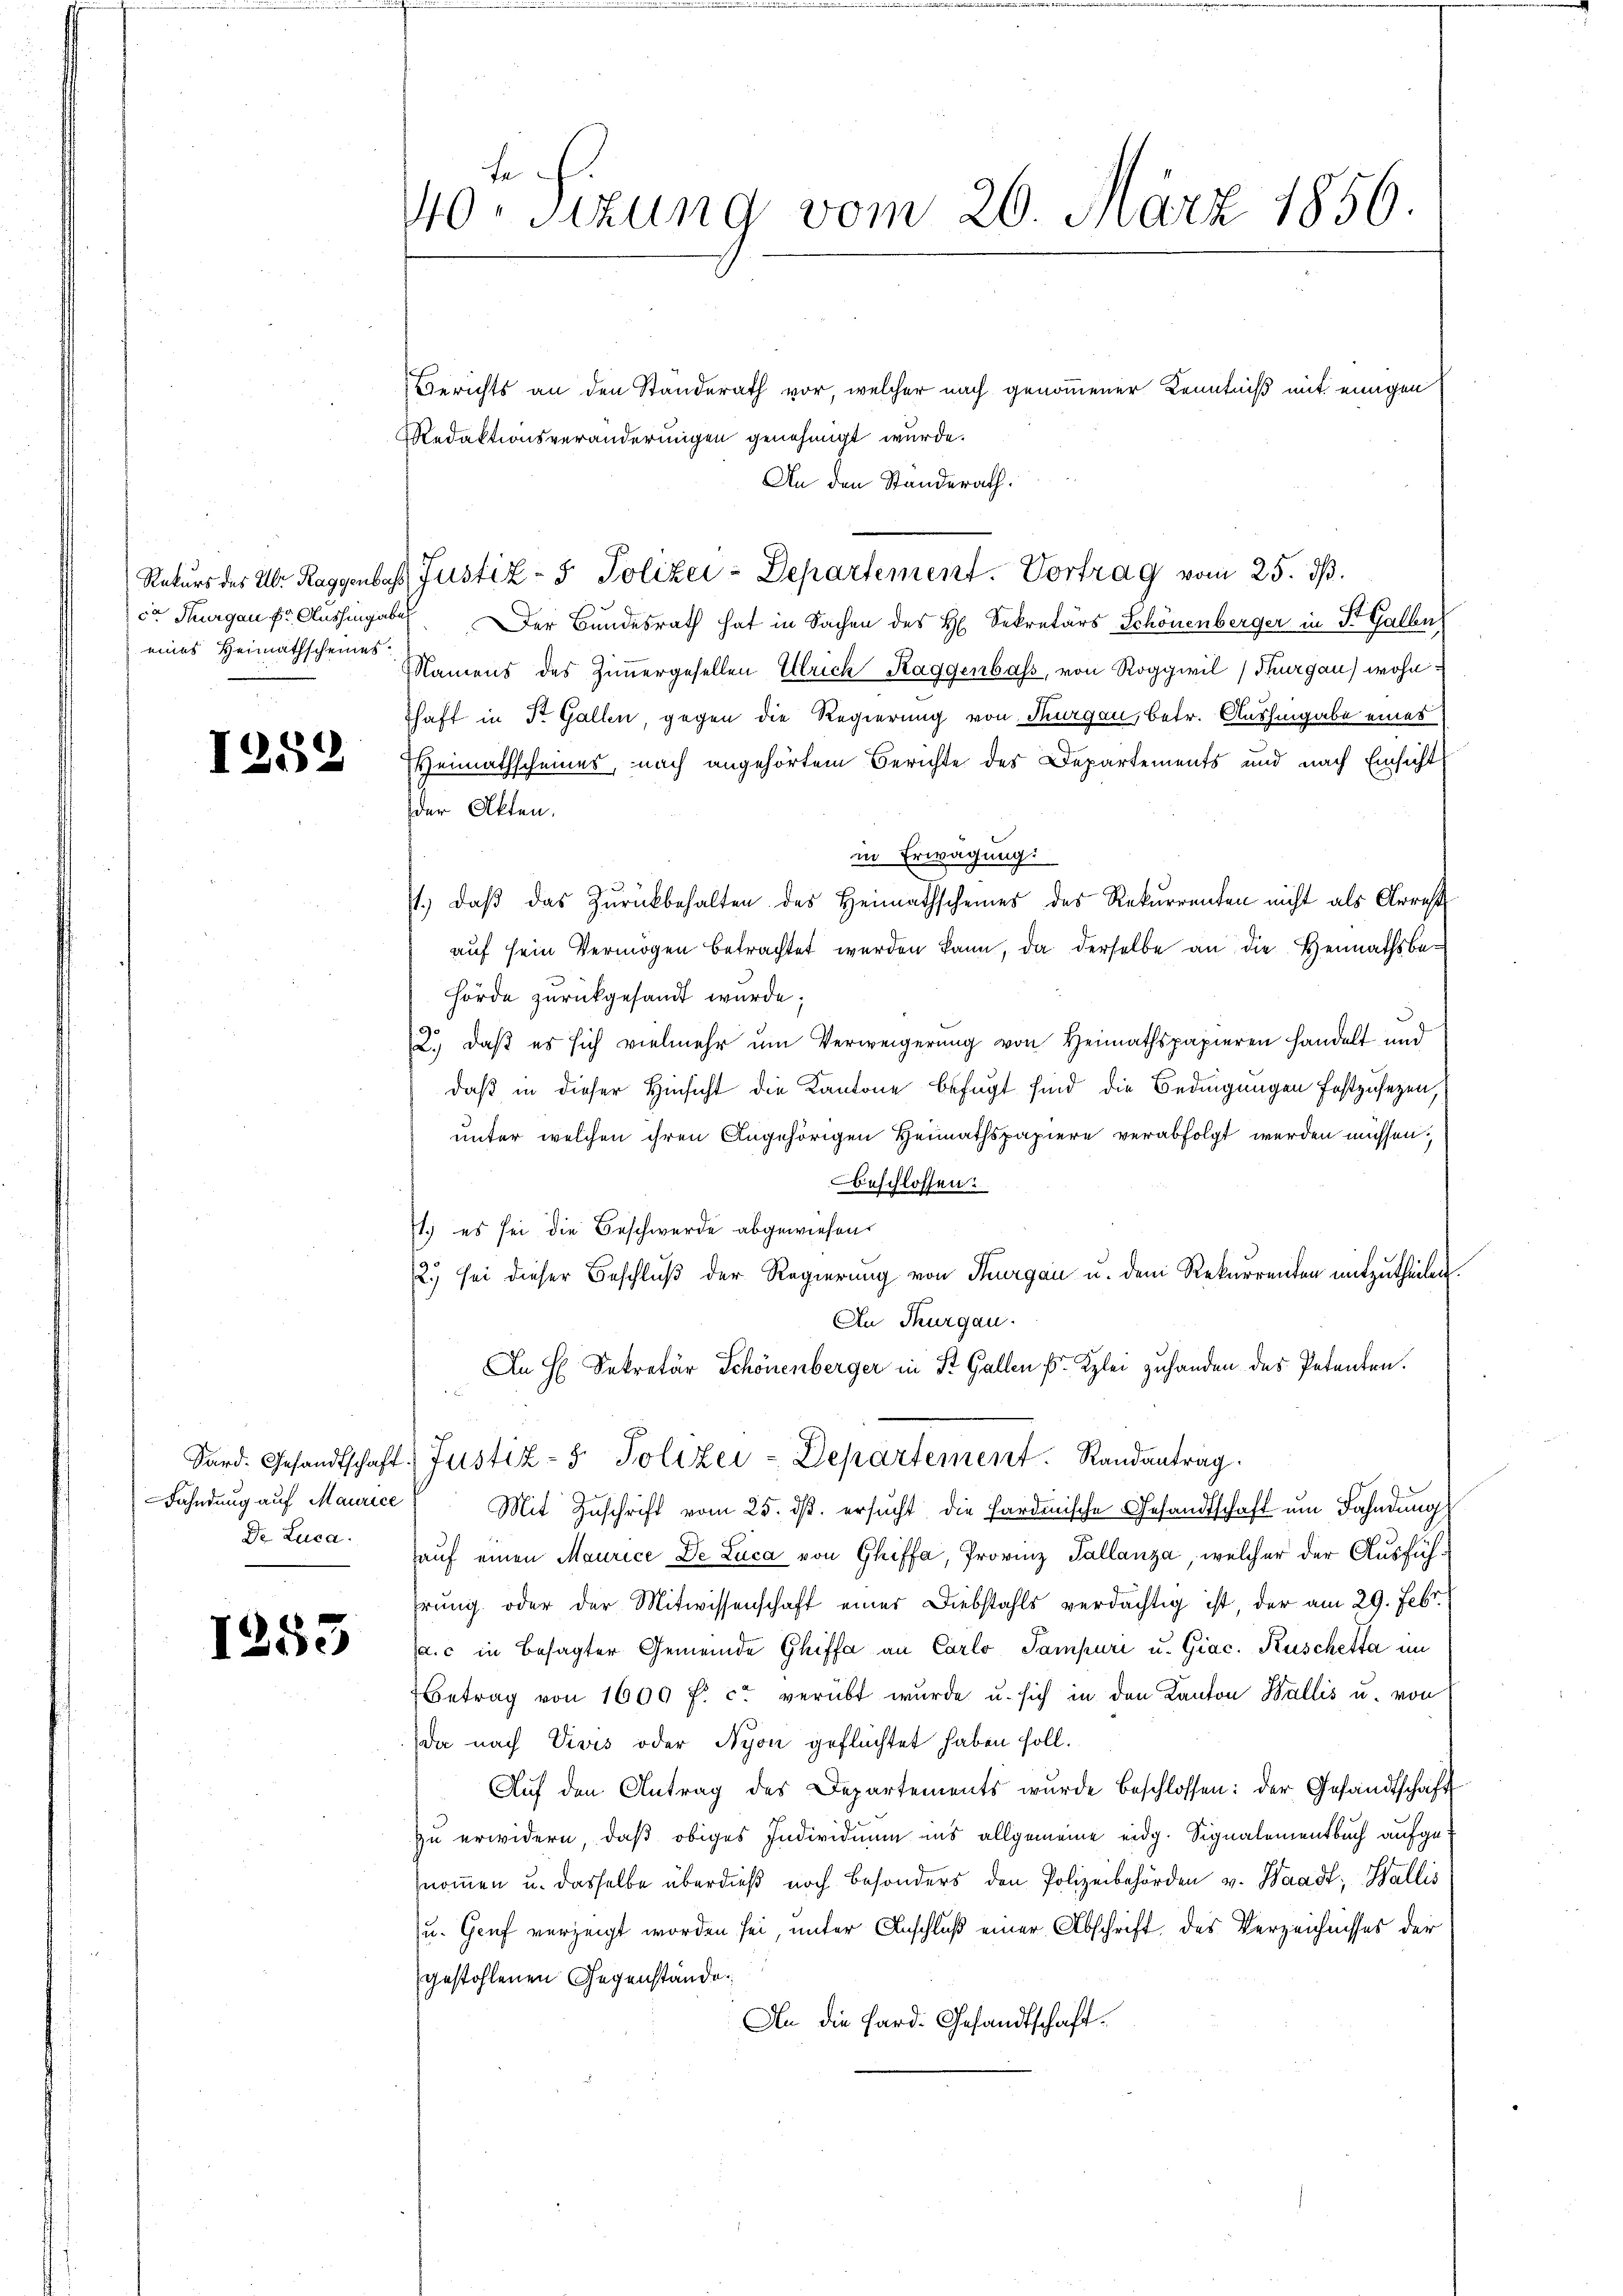
eines Heimathscheines

1252

Fahndung auf Maurice

1253

fe
40. Sizung vom 26. März 1856.

Berichts an den Standerath vor, welcher nach genommener Kenntniß mit einigen
Redaktionsveränderungen genehmigt wurde.
An den Standerath.
Rekurs des Ubr Raggenbar Justiz- & Polizei-Departement. Vortrag vom 25. dβ.
ca Thurgau fr. Aushingaben. Der Bundesrath hat in Sachen des H. Sekretärs Schönenberger in St. Galle
Namens des Zimmergesellen Ulrich Raggenbass, von Roggwil (Thurgau) wohn
Thaft in Dr. Gallen, gegen die Regierung von Thurgau, betr. Aushingabe eines
Heimathscheines, nach angehörtem Berichte des Departements und nach Einsicht
der Akten.
in Erwägung:
71., daβ das Zurückbehalten des Heimathscheines des Rekurrenten nicht als Arrest
auf sein Vermögen betrachtet werden kann, da derselbe an die Heimathsbehörde zurückgesandt wurde;
2.) daß es sich vielmehr um Verweigerung von Heimathspapieren handelt und
daß in dieser Hinsicht die Kantone befugt sind die Bedingungen festzusezen,
unter welchen ihren Angehörigen Heimathspapiere verabfolgt werden müssen.
Beschlossen:
1.) es sei die Beschwerde abgewiesen.
2.) sei dieser Beschluß der Regierung von Thurgau u. dem Rekurrenten mitzutheilen.
In Thurgau.
An H. Sekretär Schönenberger in St. Gallen ( Kzlei zuhanden des Petenten.
Sard. Gesandtschaft. Justiz- & Polizei-Departement. Randantrag.
Mit Zuschrift vom 25. dβ. ersŭcht die Pardische Gesandtschaft um Fahndung
Dr. Luca auf einen Maurice De Luca von Ghiffa, Provinz Tallanza, welcher der Ausfühhrung oder der Mitwissenschaft einer Diebstahls verdächtig ist, der am 29. Febr.
a.c in besagter Gemeinde Chiffa an Carlo Tampuri u. Giac. Kuschetta im
Betrag von 1600 f. c. verübt wurde u. sich in den Kanton Wallis u. von
da nach Vives oder Nyon geflüchtet haben soll.
Aŭf den Antrag des Departements wurde beschlossen: der Gesandtschaft
zu erwidern, daß obiges Individuum ins allgemeine eidg. Signalementbuch aufgenommen u. dasselbe überdieß noch besonders den Polizeibehörden v. Waadt, Wallis
u. Genf verzeigt worden sei, unter Anschluß einer Abschrift des Verzeichnisses der
gestohlenen Gegenstände.
An die Hard. Gesandtschaft